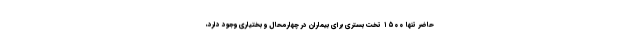
حاضر تنها ۱۵۰۰ تخت بستری برای بیماران در چهارمحال و بختیاری وجود دارد،